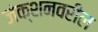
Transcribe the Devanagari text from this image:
जंक्शनवरील